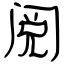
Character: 阅